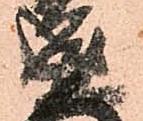
盛